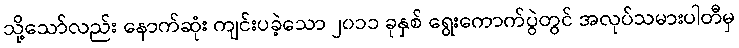
သို့သော်လည်း နောက်ဆုံး ကျင်းပခဲ့သော ၂၀၁၁ ခုနှစ် ရွေးကောက်ပွဲတွင် အလုပ်သမားပါတီမှ